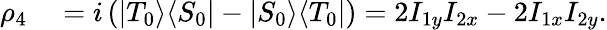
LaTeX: \begin{array}{rl}{\rho_{4}}&{{}=i\left(\vert{T_{0}}\rangle\langle{S_{0}}\vert-\vert{S_{0}}\rangle\langle{T_{0}}\vert\right)=2I_{1y}I_{2x}-2I_{1x}I_{2y}.}\end{array}